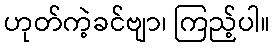
ဟုတ်ကဲ့ခင်ဗျာ၊ ကြည့်ပါ။